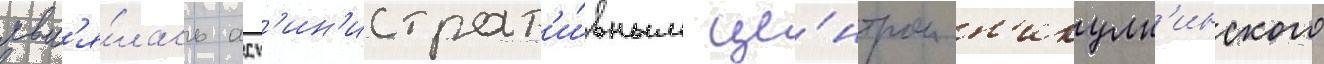
явл'я́лась адм'ин'истрат'и́вным це́нтром н'икулк'инского